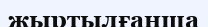
жыртылғанша